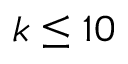
k \leq 1 0